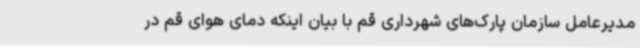
مدیرعامل سازمان پارک‌های شهرداری قم با بیان اینکه دمای هوای قم در